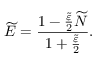
\widetilde { E } = \frac { 1 - \frac { \widetilde { \varepsilon } } { 2 } \widetilde { N } } { 1 + \frac { \widetilde { \varepsilon } } { 2 } } .